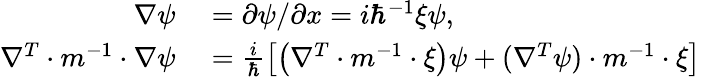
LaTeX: \begin{array}{rl}{\nabla\psi}&{{}=\partial\psi/\partial x=i\hbar^{-1}\xi\psi,}\\ {\nabla^{T}\cdot m^{-1}\cdot\nabla\psi}&{{}=\frac{i}{\hbar}\left[\left(\nabla^{T}\cdot m^{-1}\cdot\xi\right)\psi+(\nabla^{T}\psi)\cdot m^{-1}\cdot\xi\right]}\end{array}